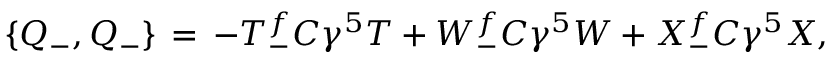
\{ Q _ { - } , Q _ { - } \} \, = \, - T _ { - } ^ { f } C \gamma ^ { 5 } T + W _ { - } ^ { f } C \gamma ^ { 5 } W + X _ { - } ^ { f } C \gamma ^ { 5 } X ,